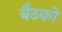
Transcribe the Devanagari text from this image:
बैठको